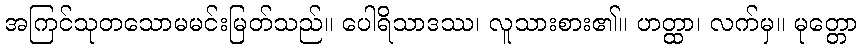
အကြင်သုတသောမမင်းမြတ်သည်။ ပေါရိသာဒဿ၊ လူသားစား၏။ ဟတ္ထာ၊ လက်မှ။ မုတ္တော